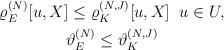
LaTeX: \begin{align*}\begin{gathered}\varrho_{E}^{(N)}[u,X]\leq {\varrho}_{K}^{(N,J)} [u,X] \;\; u\in U,\\\vartheta_{E}^{(N)}\leq \vartheta_{K}^{(N,J)}\end{gathered}\end{align*}